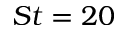
S t = 2 0